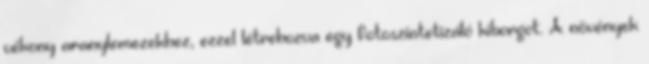
vékony aranylemezekhez, ezzel létrehozva egy fotoszintetizáló kiborgot. A növények